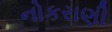
નોકરાણી